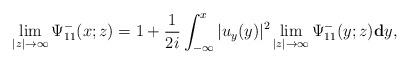
LaTeX: \begin{align*}\lim_{|z|\rightarrow\infty}\Psi^-_{11}(x;z) =1+\frac{1}{2i} \int_{-\infty}^{x}|u_y(y)|^2 \lim_{|z|\rightarrow\infty}\Psi^-_{11}(y;z) \mathbf{d} y,\end{align*}